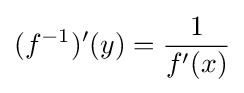
(f^{-1})'(y)={\dfrac {1}{f'(x)}}